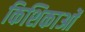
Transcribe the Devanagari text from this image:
किशिकाओं